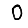
Digit: 0